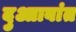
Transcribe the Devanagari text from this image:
दुआाबांत